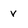
Character: v